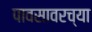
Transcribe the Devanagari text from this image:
पावसावरच्या